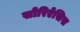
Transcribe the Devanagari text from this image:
सोरिऐसिस